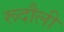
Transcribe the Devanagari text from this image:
रूदौली